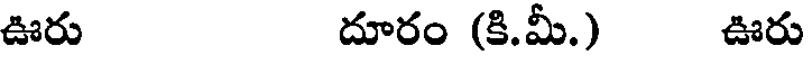
ఊరు దూరం (కి.మీ.) ఊరు